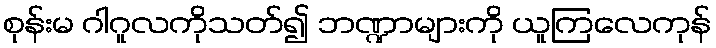
စုန်းမ ဂါဂူလကိုသတ်၍ ဘဏ္ဍာများကို ယူကြလေကုန်